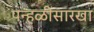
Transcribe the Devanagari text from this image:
पन्हळीसारखा